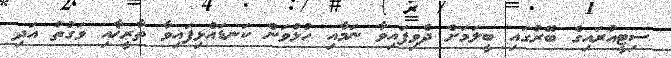
ސިޓީއުރައިގެ ބޭރުގައި ބީލަމަށް ދެވިފައިވާ ނަމާއި ހުޅުވަން ކަނޑައެޅިފައިވާ ތާރީޚާއި ވަގުތު އަދި